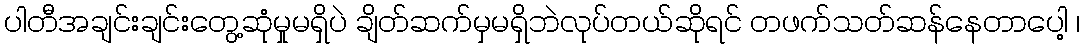
ပါတီအချင်းချင်းတွေ့ဆုံမှုမရှိပဲ ချိတ်ဆက်မှမရှိဘဲလုပ်တယ်ဆိုရင် တဖက်သတ်ဆန်နေတာပေါ့ ၊